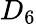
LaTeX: D_{6}